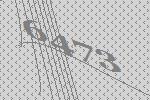
6473